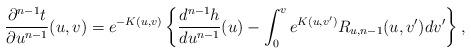
LaTeX: \begin{align*} \frac{\partial^{n-1}t}{\partial u^{n-1}}(u,v)=e^{-K(u,v)}\left\{\frac{d^{n-1}h}{du^{n-1}}(u)-\int_0^ve^{K(u,v')}R_{u,n-1}(u,v')dv'\right\},\end{align*}